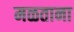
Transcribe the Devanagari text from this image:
मळताना